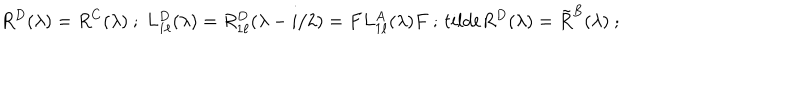
LaTeX: R ^ { D } ( \lambda ) = R ^ { C } ( \lambda ) \ ; \ L _ { 1 \ell } ^ { D } ( \lambda ) = R _ { 1 \ell } ^ { D } ( \lambda - i / 2 ) = F L _ { 1 \ell } ^ { A } ( \lambda ) F \ ; \, t i l d e { R } ^ { D } ( \lambda ) = \tilde { R } ^ { B } ( \lambda ) \ ;